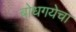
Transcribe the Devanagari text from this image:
बोधगयेचा